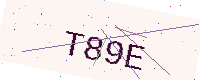
Text: T89E